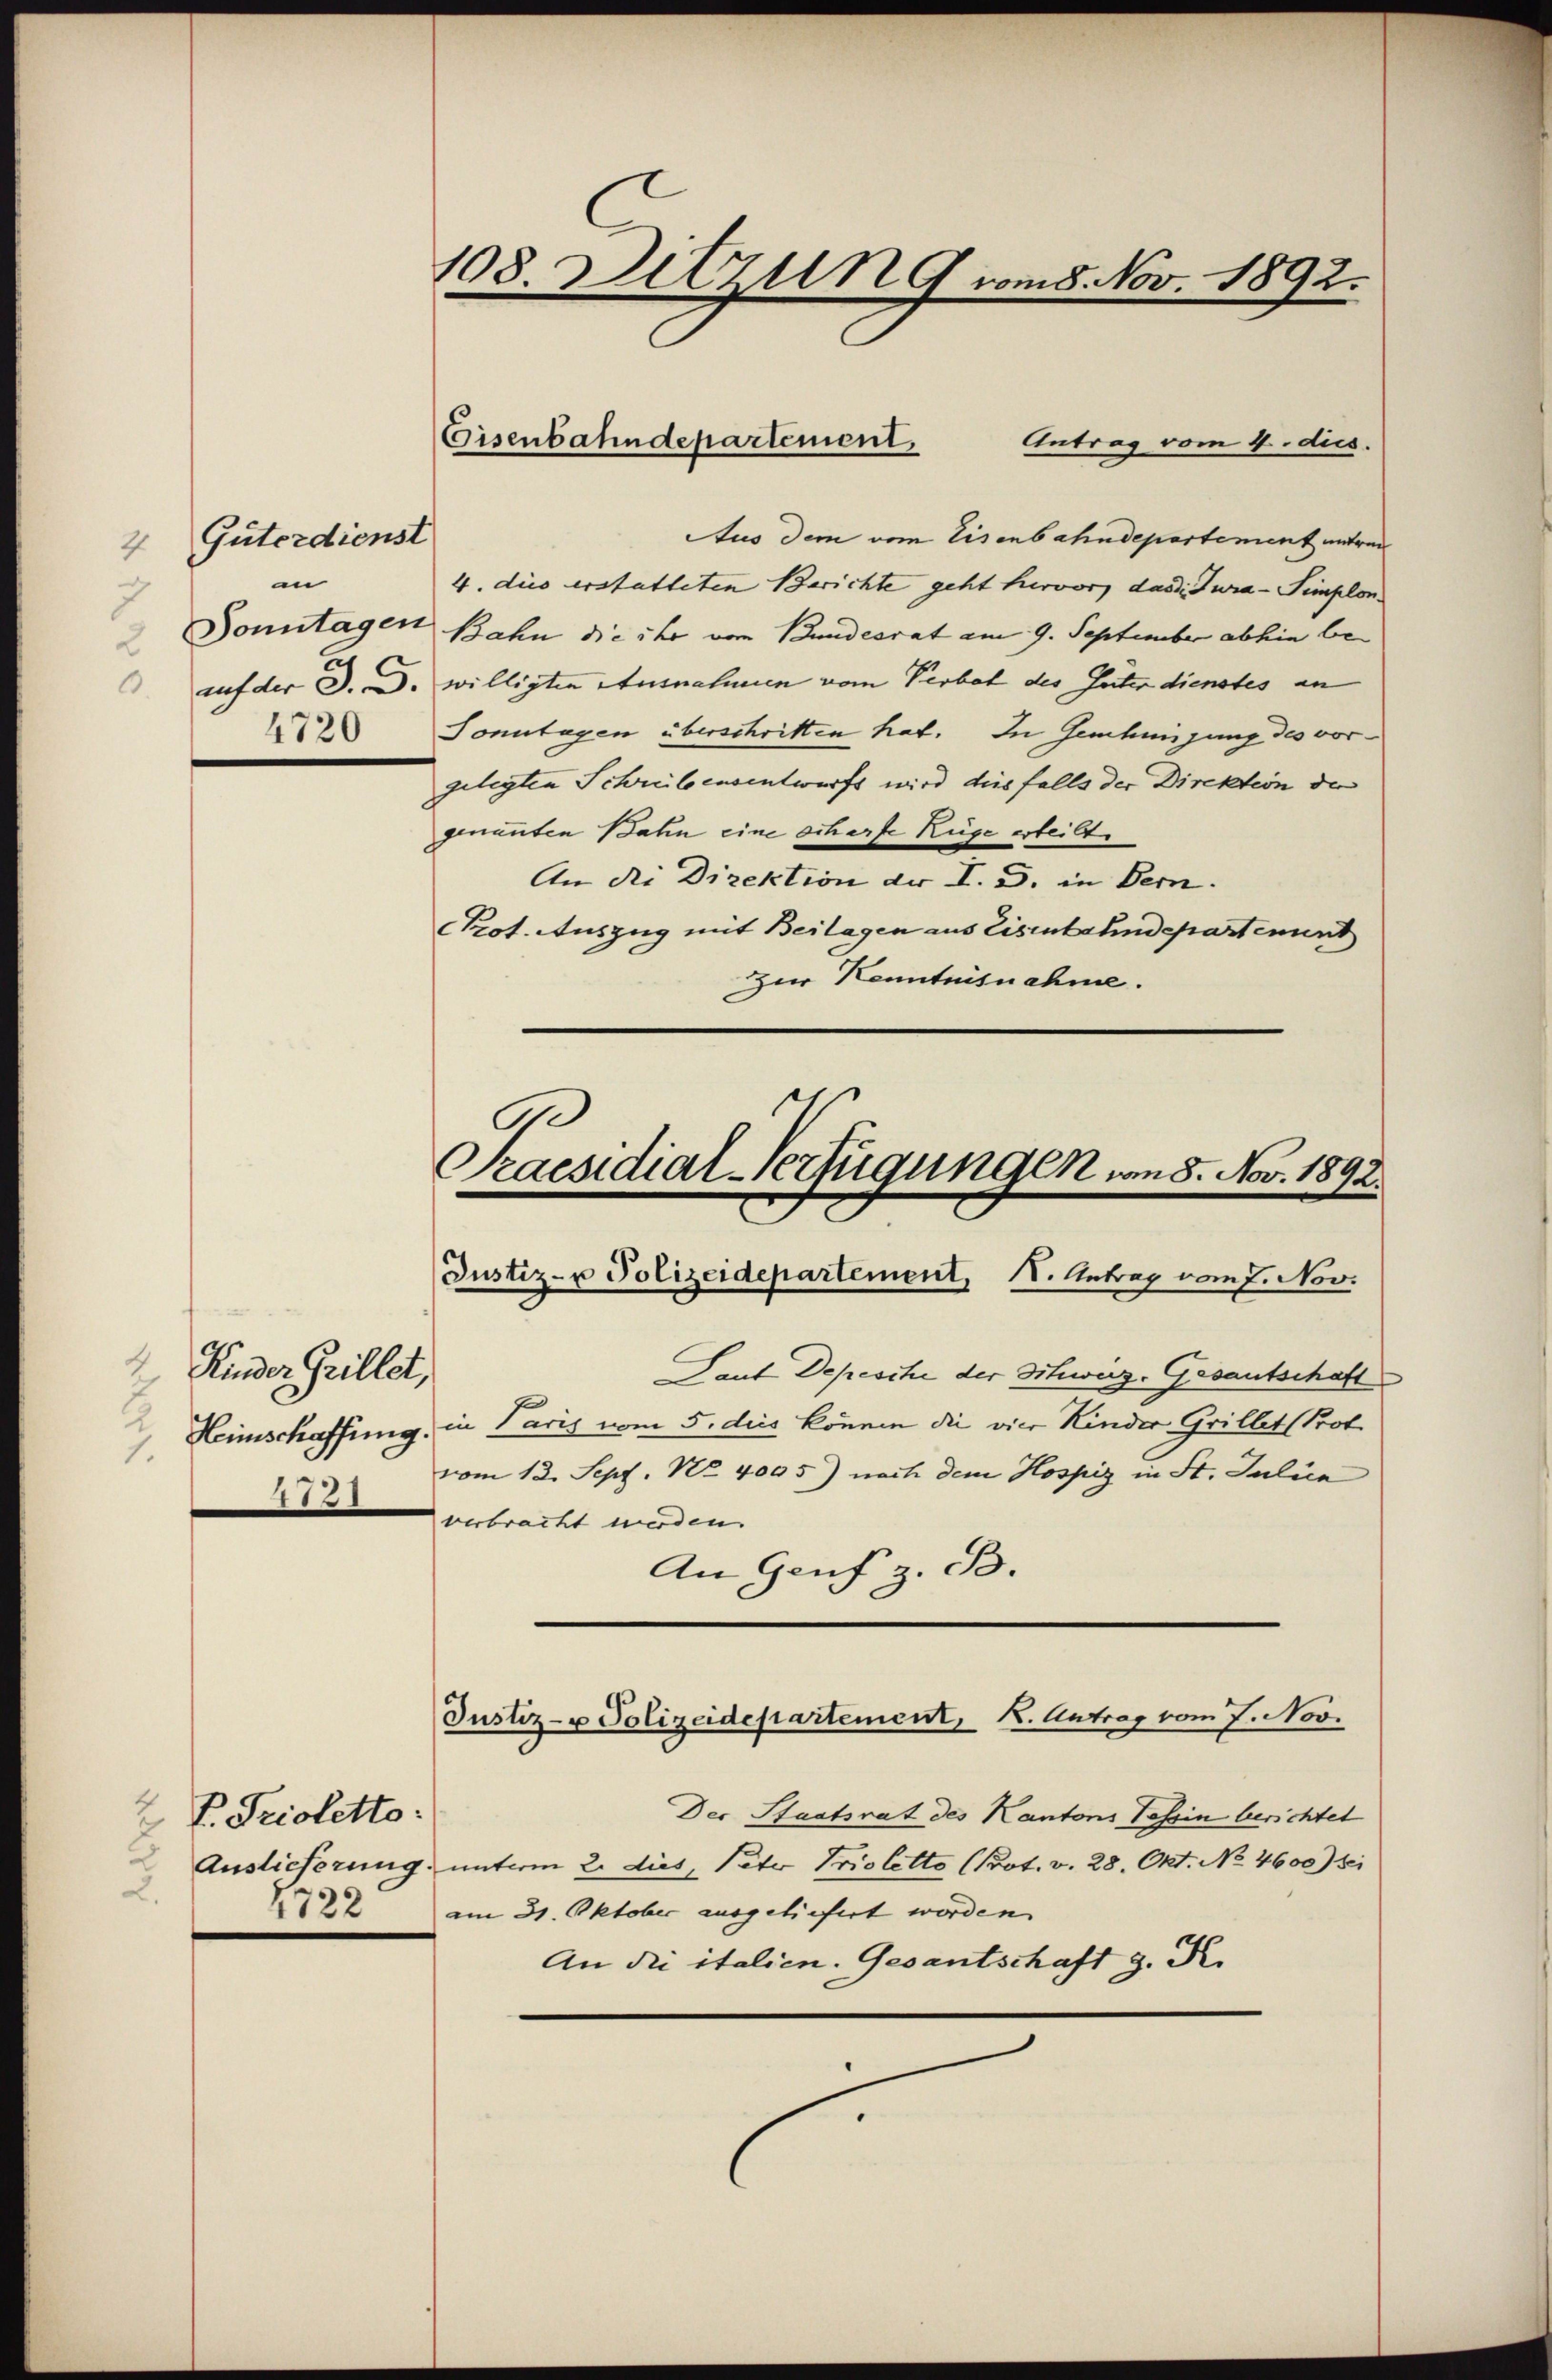
Güterdienst
7
in
4720

2
Kinder Grillet,
 Hinschaffung.
1.
8

V. Trioletto:
1722

108. Sitzung vom 8. Nov. 1892.

Antrag vom 4. dus.
Aus dem vom Eisenbahndepartement antren
4. dies erstatteten Berichte geht hervor, das Jura-Simplon.
Sonntagen Bahn die ihr vom Bundesrat am 9. September abhin bei
auf der d. d. willigten Ausnahmen vom Verbot des Guter dienstes an
Sonntagen überschritten hat. In Genehmigung des vorgelegten Schreibensentwurfs wird dies falls der Direktion de
genannten Bahn eine scherte Rüge erteilte
An die Direktion der I. G. in Bern.
Prot. Auszug mit Beilagen aus Eisenbahndepartenunt
zur Kenntnisnahme.

Eisenbahndepartement.

Laut Depesche der Schweiz. Gesantschaft
in Paris vom 5. dies können die vier Kinder Grillet (Prot.
vom 13. Sept. No. 4005) noch dem Hospiz in St. Juliie
verbracht werden.
An Genf B.
Der Staatsrat des Kantons Tessin berichtet
Auslieferung, unterm 2. dies, Peter Trioletto (Prot. v. 28. Okt. No. 4600) bei
am 31. Oktober ausgeliefert worden.
An die italien. Gesantschaft g. R.

B
Praesidial-Verfügungen von 8. Nov. 1892.
Justiz- u Polizeidepartement, I. Antrag vom 7. Nov.

Justiz- u Polizeidepartement, K. Antrag vom 7. Nov.